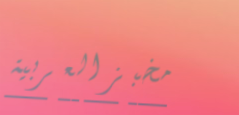
مخبز العربية